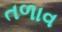
તળાવ